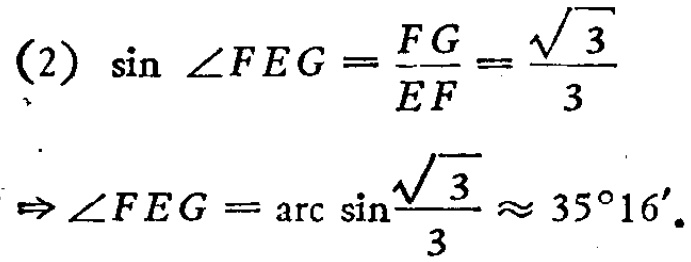
(2) \(\sin\angle FEG=\frac{FG}{EF}=\frac{\sqrt{3}}{3}\)
\(\Rightarrow\angle FEG = \arcsin\frac{\sqrt{3}}{3}\approx35^{\circ}16'\)